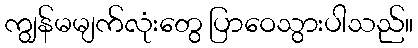
ကျွန်မမျက်လုံးတွေ ပြာဝေသွားပါသည်။